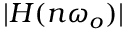
| H ( n \omega _ { o } ) |